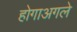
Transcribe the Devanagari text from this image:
होगाअगले